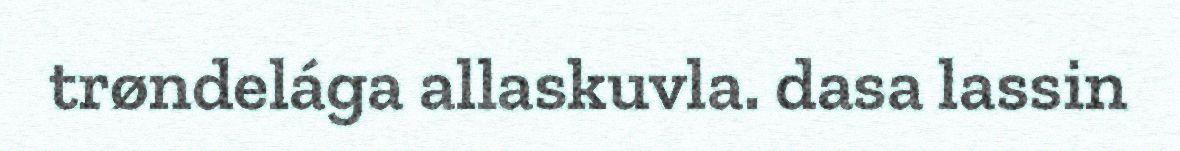
trøndelága allaskuvla. dasa lassin